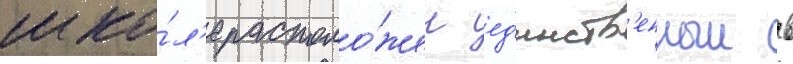
шко́л'е располо́жен ед'инств'енныи в